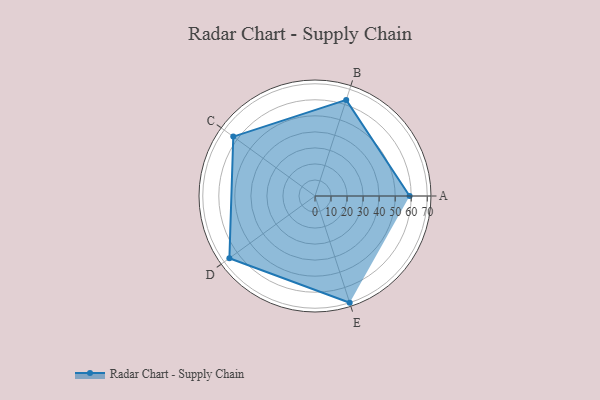
{"axis": {"x": "Skill", "y": "Score"}, "legend": ["Profile"], "data": [{"x": "A", "y": 59.0, "type": "Profile"}, {"x": "B", "y": 63.0, "type": "Profile"}, {"x": "C", "y": 63.0, "type": "Profile"}, {"x": "D", "y": 66.0, "type": "Profile"}, {"x": "E", "y": 70.0, "type": "Profile"}]}